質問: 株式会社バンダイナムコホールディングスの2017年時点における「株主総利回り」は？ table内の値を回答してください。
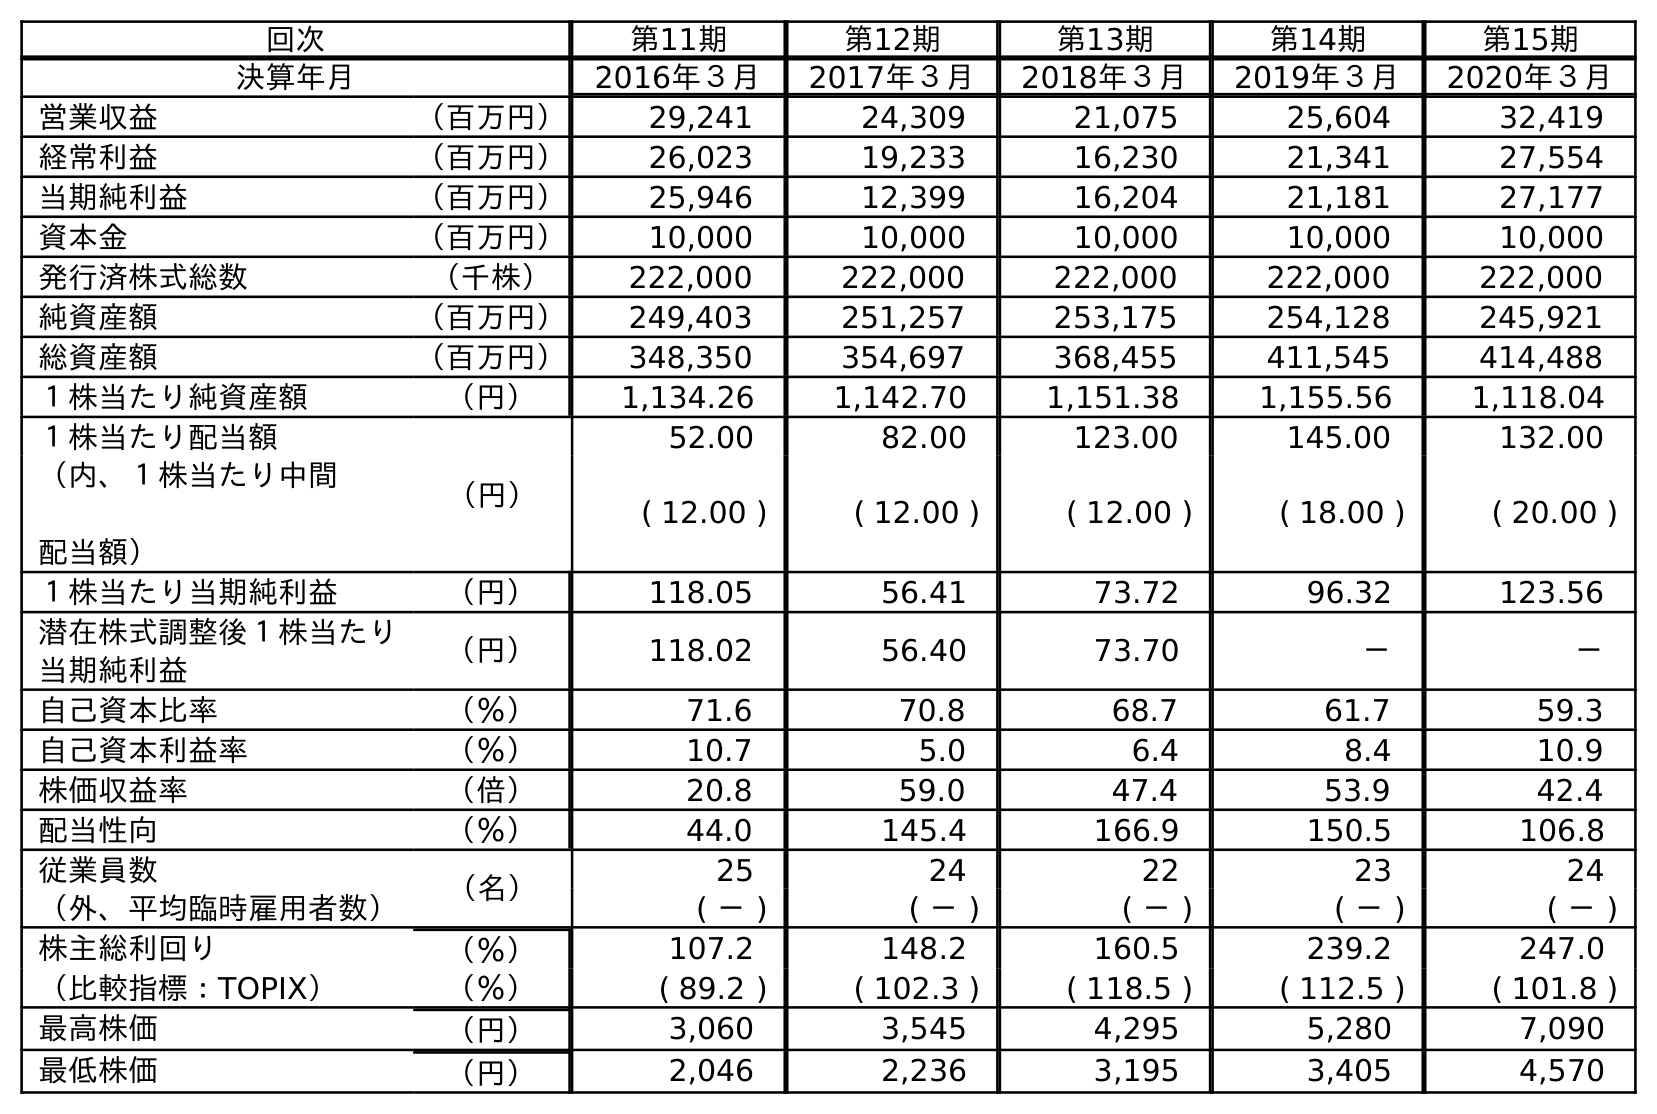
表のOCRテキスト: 回次 第11期 第12期 第13期 第14期 第15期 決算年月 2016年３月 2017年３月 2018年３月 2019年３月 2020年３月 営業収益 （百万円） 29,241 24,309 21,075 25,604 32,419 経常利益 （百万円） 26,023 19,233 16,230 21,341 27,554 当期純利益 （百万円） 25,946 12,399 16,204 21,181 27,177 資本金 （百万円） 10,000 10,000 10,000 10,000 10,000 発行済株式総数 （千株） 222,000 222,000 222,000 222,000 222,000 純資産額 （百万円） 249,403 251,257 253,175 254,128 245,921 総資産額 （百万円） 348,350 354,697 368,455 411,545 414,488 １株当たり純資産額 （円） 1,134.26 1,142.70 1,151.38 1,155.56 1,118.04 １株当たり配当額 （円） 52.00 82.00 123.00 145.00 132.00 （内、１株当たり中間 配当額） ( 12.00 ) ( 12.00 ) ( 12.00 ) ( 18.00 ) ( 20.00 ) １株当たり当期純利益 （円） 118.05 56.41 73.72 96.32 123.56 潜在株式調整後１株当たり 当期純利益 （円） 118.02 56.40 73.70 － － 自己資本比率 （％） 71.6 70.8 68.7 61.7 59.3 自己資本利益率 （％） 10.7 5.0 6.4 8.4 10.9 株価収益率 （倍） 20.8 59.0 47.4 53.9 42.4 配当性向 （％） 44.0 145.4 166.9 150.5 106.8 従業員数 （名） 25 24 22 23 24 （外、平均臨時雇用者数） ( － ) ( － ) ( － ) ( － ) ( － ) 株主総利回り （％） 107.2 148.2 160.5 239.2 247.0 （比較指標：TOPIX） （％） ( 89.2 ) ( 102.3 ) ( 118.5 ) ( 112.5 ) ( 101.8 ) 最高株価 （円） 3,060 3,545 4,295 5,280 7,090 最低株価 （円） 2,046 2,236 3,195 3,405 4,570
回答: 148.2